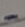
Text: -